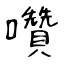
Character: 囋